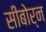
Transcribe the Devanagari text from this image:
सीबोर्न